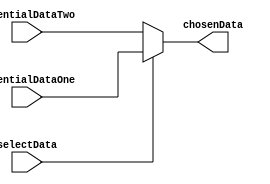
`timescale 1ns / 1ps

module muxDataMemory
    (
    input selectData,
    input [31:0] potentialDataOne,
    input [31:0] potentialDataTwo,
    
    output reg [31:0] chosenData
    );
    
    always@(*)
        begin
        if(selectData)
            begin
            chosenData <= potentialDataOne;
            end
        else
            begin
            chosenData <= potentialDataTwo;
            end
        end
endmodule